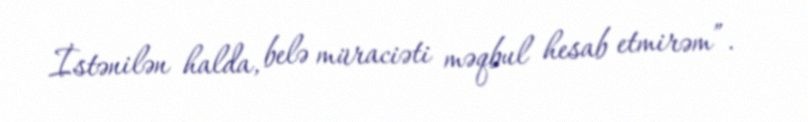
İstənilən halda, belə müraciəti məqbul hesab etmirəm”.